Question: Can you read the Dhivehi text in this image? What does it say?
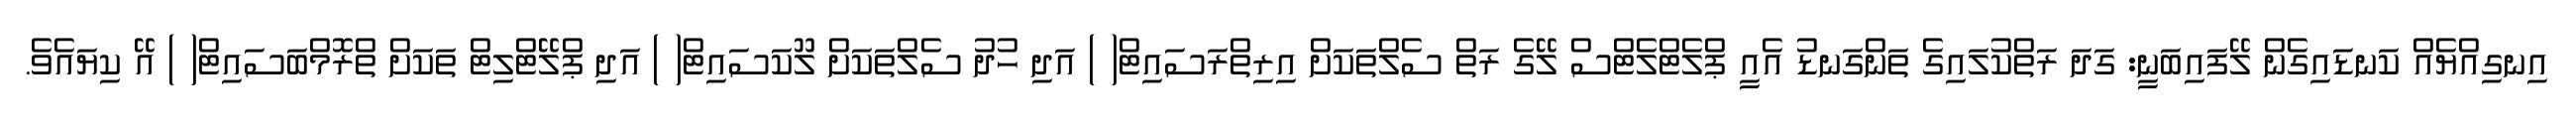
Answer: އިނގިއްޔެއް ކަނޑައިގެން ލޭފައިބަނީ: ގަދަ ރަތްކުލައިގެ ތަންގަނޑު އެއީ ޕްލެޓްލެޓްސް ލޭގެ ރަތް ސެލްތަކަށް އިރިތްރަސައިޓް( ) އަދި ހުދު ސެލްތަކަށް ލޫކަސައިޓް( ) އަދި ޕްލޭޓްލިޓް ތަކަށް ތްރޮމްބަސައިޓް( ) އޭ ކިޔައެވެ.